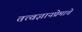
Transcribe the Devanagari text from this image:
तत्वज्ञानप्रेमाचे